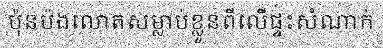
ប៉ុនប៉ងលោតសម្លាប់ខ្លួនពីលើផ្ទះសំណាក់